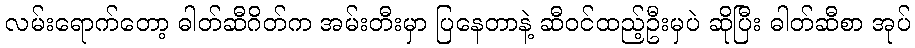
လမ်းရောက်တော့ ဓါတ်ဆီဂိတ်က အမ်းတီးမှာ ပြနေတာနဲ့ ဆီဝင်ထည့်ဦးမှပဲ ဆိုပြီး ဓါတ်ဆီစာ အုပ်